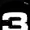
Digit: 3